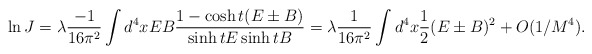
\begin{align*}\ln J = \lambda \frac{-1}{16\pi^{2}} \int d^{4}x E B \frac{1-\cosh t(E\pm B)}{\sinh t E \sinh t B} = \lambda \frac{1}{16\pi^2} \int d^4 x \frac{1}{2} (E\pm B)^2 + O(1/M^4).\end{align*}